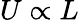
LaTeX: U\propto L